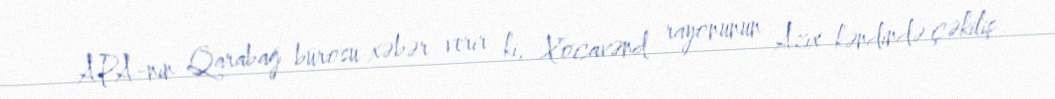
APA-nın Qarabağ bürosu xəbər verir ki, Xocavənd rayonunun Azıx kəndində çəkiliş